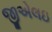
જીએલઇ